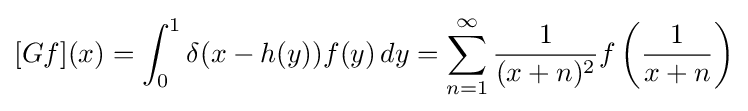
[Gf](x)=\int _{0}^{1}\delta (x-h(y))f(y)\,dy=\sum _{n=1}^{\infty }{\frac {1}{(x+n)^{2}}}f\left({\frac {1}{x+n}}\right)